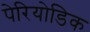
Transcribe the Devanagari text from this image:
पेरियोडिक